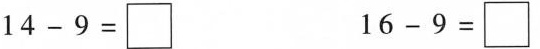
$$14-9=\square$$ $$16-9=\square$$